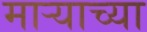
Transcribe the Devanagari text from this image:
मार्‍याच्या